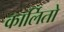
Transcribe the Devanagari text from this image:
कार्लितो